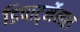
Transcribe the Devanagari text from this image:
डिपार्ट्मेनल